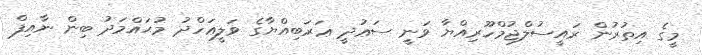
މީގެ އިތުރުން ރައީސުލްޖުމްހޫރިއްޔާ ވަނީ ސަޢުދީ ޢަރަބިއްޔާގެ ވަލީޢަހްދު މުޙައްމަދު ބިން ނާއިފް